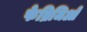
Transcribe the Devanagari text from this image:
फेब्रिजिओ